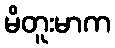
မိတူးမာက